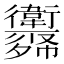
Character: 𢖨